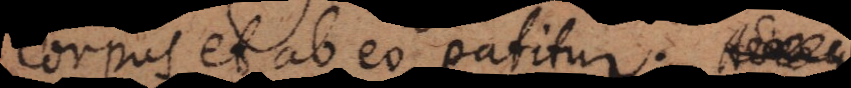
corpus, et ab eo patitur.